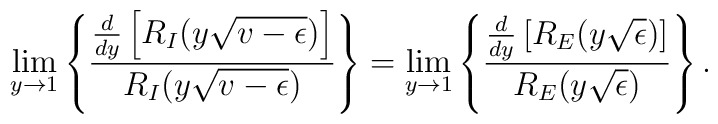
\lim_{y\rightarrow 1}\left\{      \frac{\frac{d}{dy}\left[R_I(y\sqrt{v-\epsilon})\right]}               {R_I(y\sqrt{v-\epsilon})} \right\}=  \lim_{y\rightarrow 1}\left\{\frac{\frac{d}{dy}\left[R_E(y\sqrt{\epsilon})\right]}               {R_E(y\sqrt{\epsilon})}\right\}.